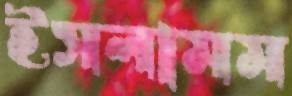
ইসলামম